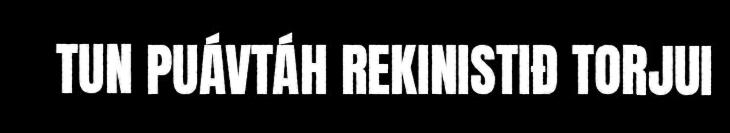
TUN PUÁVTÁH REKINISTIĐ TORJUI